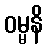
ဝမ္မနိ